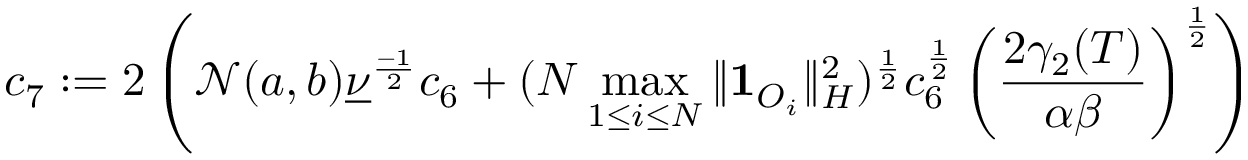
c _ { 7 } : = 2 \left( \mathcal { N } ( a , b ) { \underline { { \nu } } } ^ { \frac { - 1 } { 2 } } c _ { 6 } + ( N \operatorname* { m a x } _ { 1 \leq i \leq N } \| \mathbf { 1 } _ { O _ { i } } \| _ { H } ^ { 2 } ) ^ { \frac { 1 } { 2 } } c _ { 6 } ^ { \frac { 1 } { 2 } } \left( \frac { 2 \gamma _ { 2 } ( T ) } { \alpha \beta } \right) ^ { \frac { 1 } { 2 } } \right)